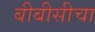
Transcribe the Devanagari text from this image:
बीबीसीचा